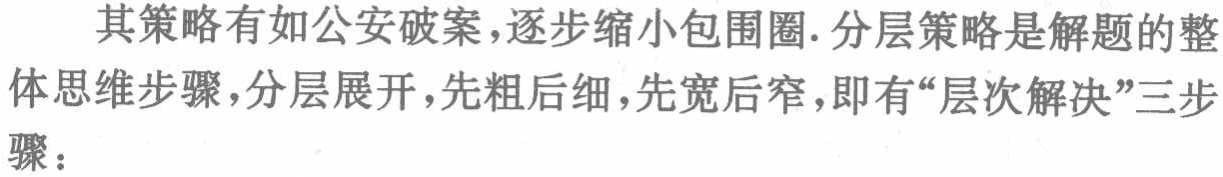
其策略有如公安破案，逐步缩小包围圈. 分层策略是解题的整体思维步骤，分层展开，先粗后细，先宽后窄，即有“层次解决”三步骤：